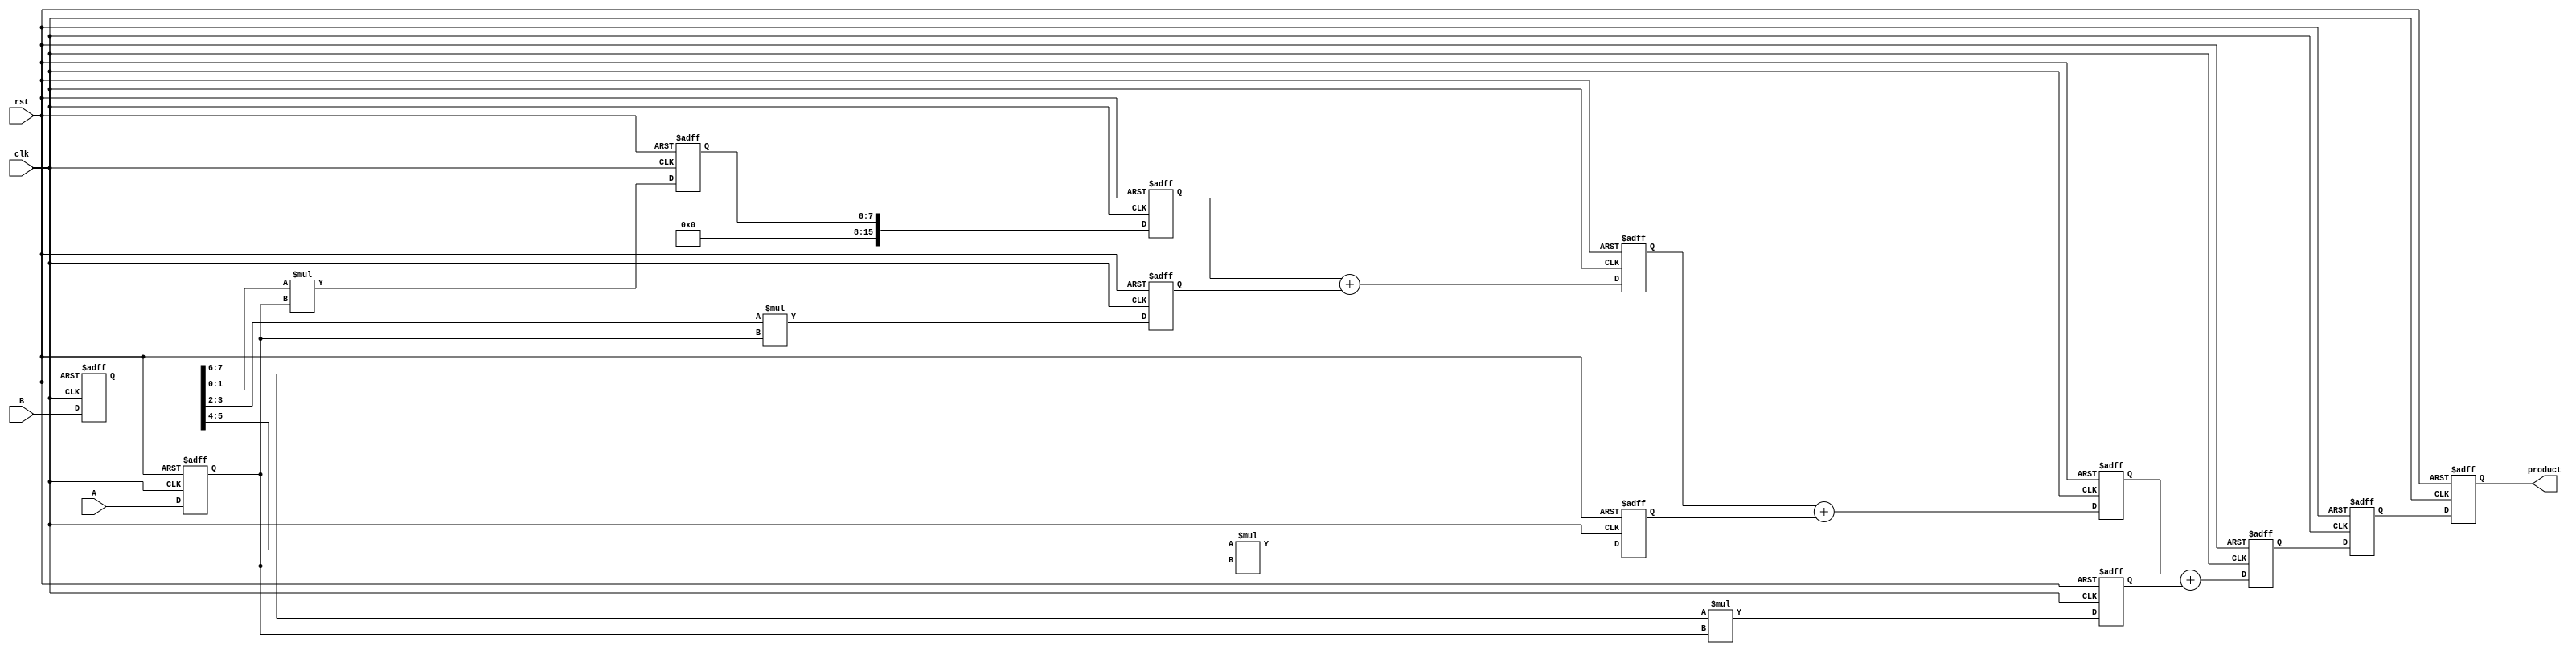
module pipelined_sliced_multiplier (
    input clk,
    input rst,
    input [7:0] A, // First operand
    input [7:0] B, // Second operand
    output reg [15:0] product // Output product
);

    // Parameters
    parameter NUM_SLICES = 4; // Number of slices
    parameter SLICE_WIDTH = 2; // Each slice processes 2 bits

    // Internal signals
    reg [7:0] A_reg, B_reg; // Registered inputs
    reg [NUM_SLICES*SLICE_WIDTH-1:0] partial_products [0:NUM_SLICES-1]; // Partial products
    reg [15:0] sum [0:NUM_SLICES-1]; // Accumulated sums
    reg [15:0] final_sum; // Final accumulated result

    // Stage 1: Register inputs
    always @(posedge clk or posedge rst) begin
        if (rst) begin
            A_reg <= 0;
            B_reg <= 0;
        end else begin
            A_reg <= A;
            B_reg <= B;
        end
    end

    // Stage 2: Generate partial products
    integer i;
    always @(posedge clk or posedge rst) begin
        if (rst) begin
            for (i = 0; i < NUM_SLICES; i = i + 1) begin
                partial_products[i] <= 0;
            end
        end else begin
            for (i = 0; i < NUM_SLICES; i = i + 1) begin
                partial_products[i] <= (B_reg[i*SLICE_WIDTH +: SLICE_WIDTH] * A_reg);
            end
        end
    end

    // Stage 3: Accumulate partial products
    always @(posedge clk or posedge rst) begin
        if (rst) begin
            for (i = 0; i < NUM_SLICES; i = i + 1) begin
                sum[i] <= 0;
            end
        end else begin
            sum[0] <= partial_products[0];
            for (i = 1; i < NUM_SLICES; i = i + 1) begin
                sum[i] <= sum[i-1] + partial_products[i];
            end
        end
    end

    // Stage 4: Final output stage
    always @(posedge clk or posedge rst) begin
        if (rst) begin
            final_sum <= 0;
        end else begin
            final_sum <= sum[NUM_SLICES-1];
        end
    end

    // Output the final product
    always @(posedge clk or posedge rst) begin
        if (rst) begin
            product <= 0;
        end else begin
            product <= final_sum;
        end
    end

endmodule